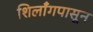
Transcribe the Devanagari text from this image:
शिलाँगपासून